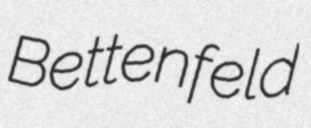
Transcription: Bettenfeld